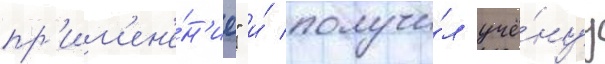
пр'им'ен'е́н'ие" и́ получи́л учё́нуу